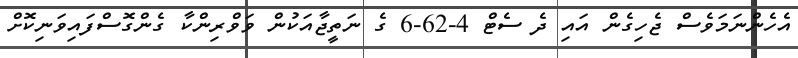
އެހެންނަމަވެސް ޖެހިގެން އައި ދެ ސެޓް 4-62-6 ގެ ނަތީޖާއަކުން ވަވްރިންކާ ގެންގޮސްފައިވަނިކޮށް